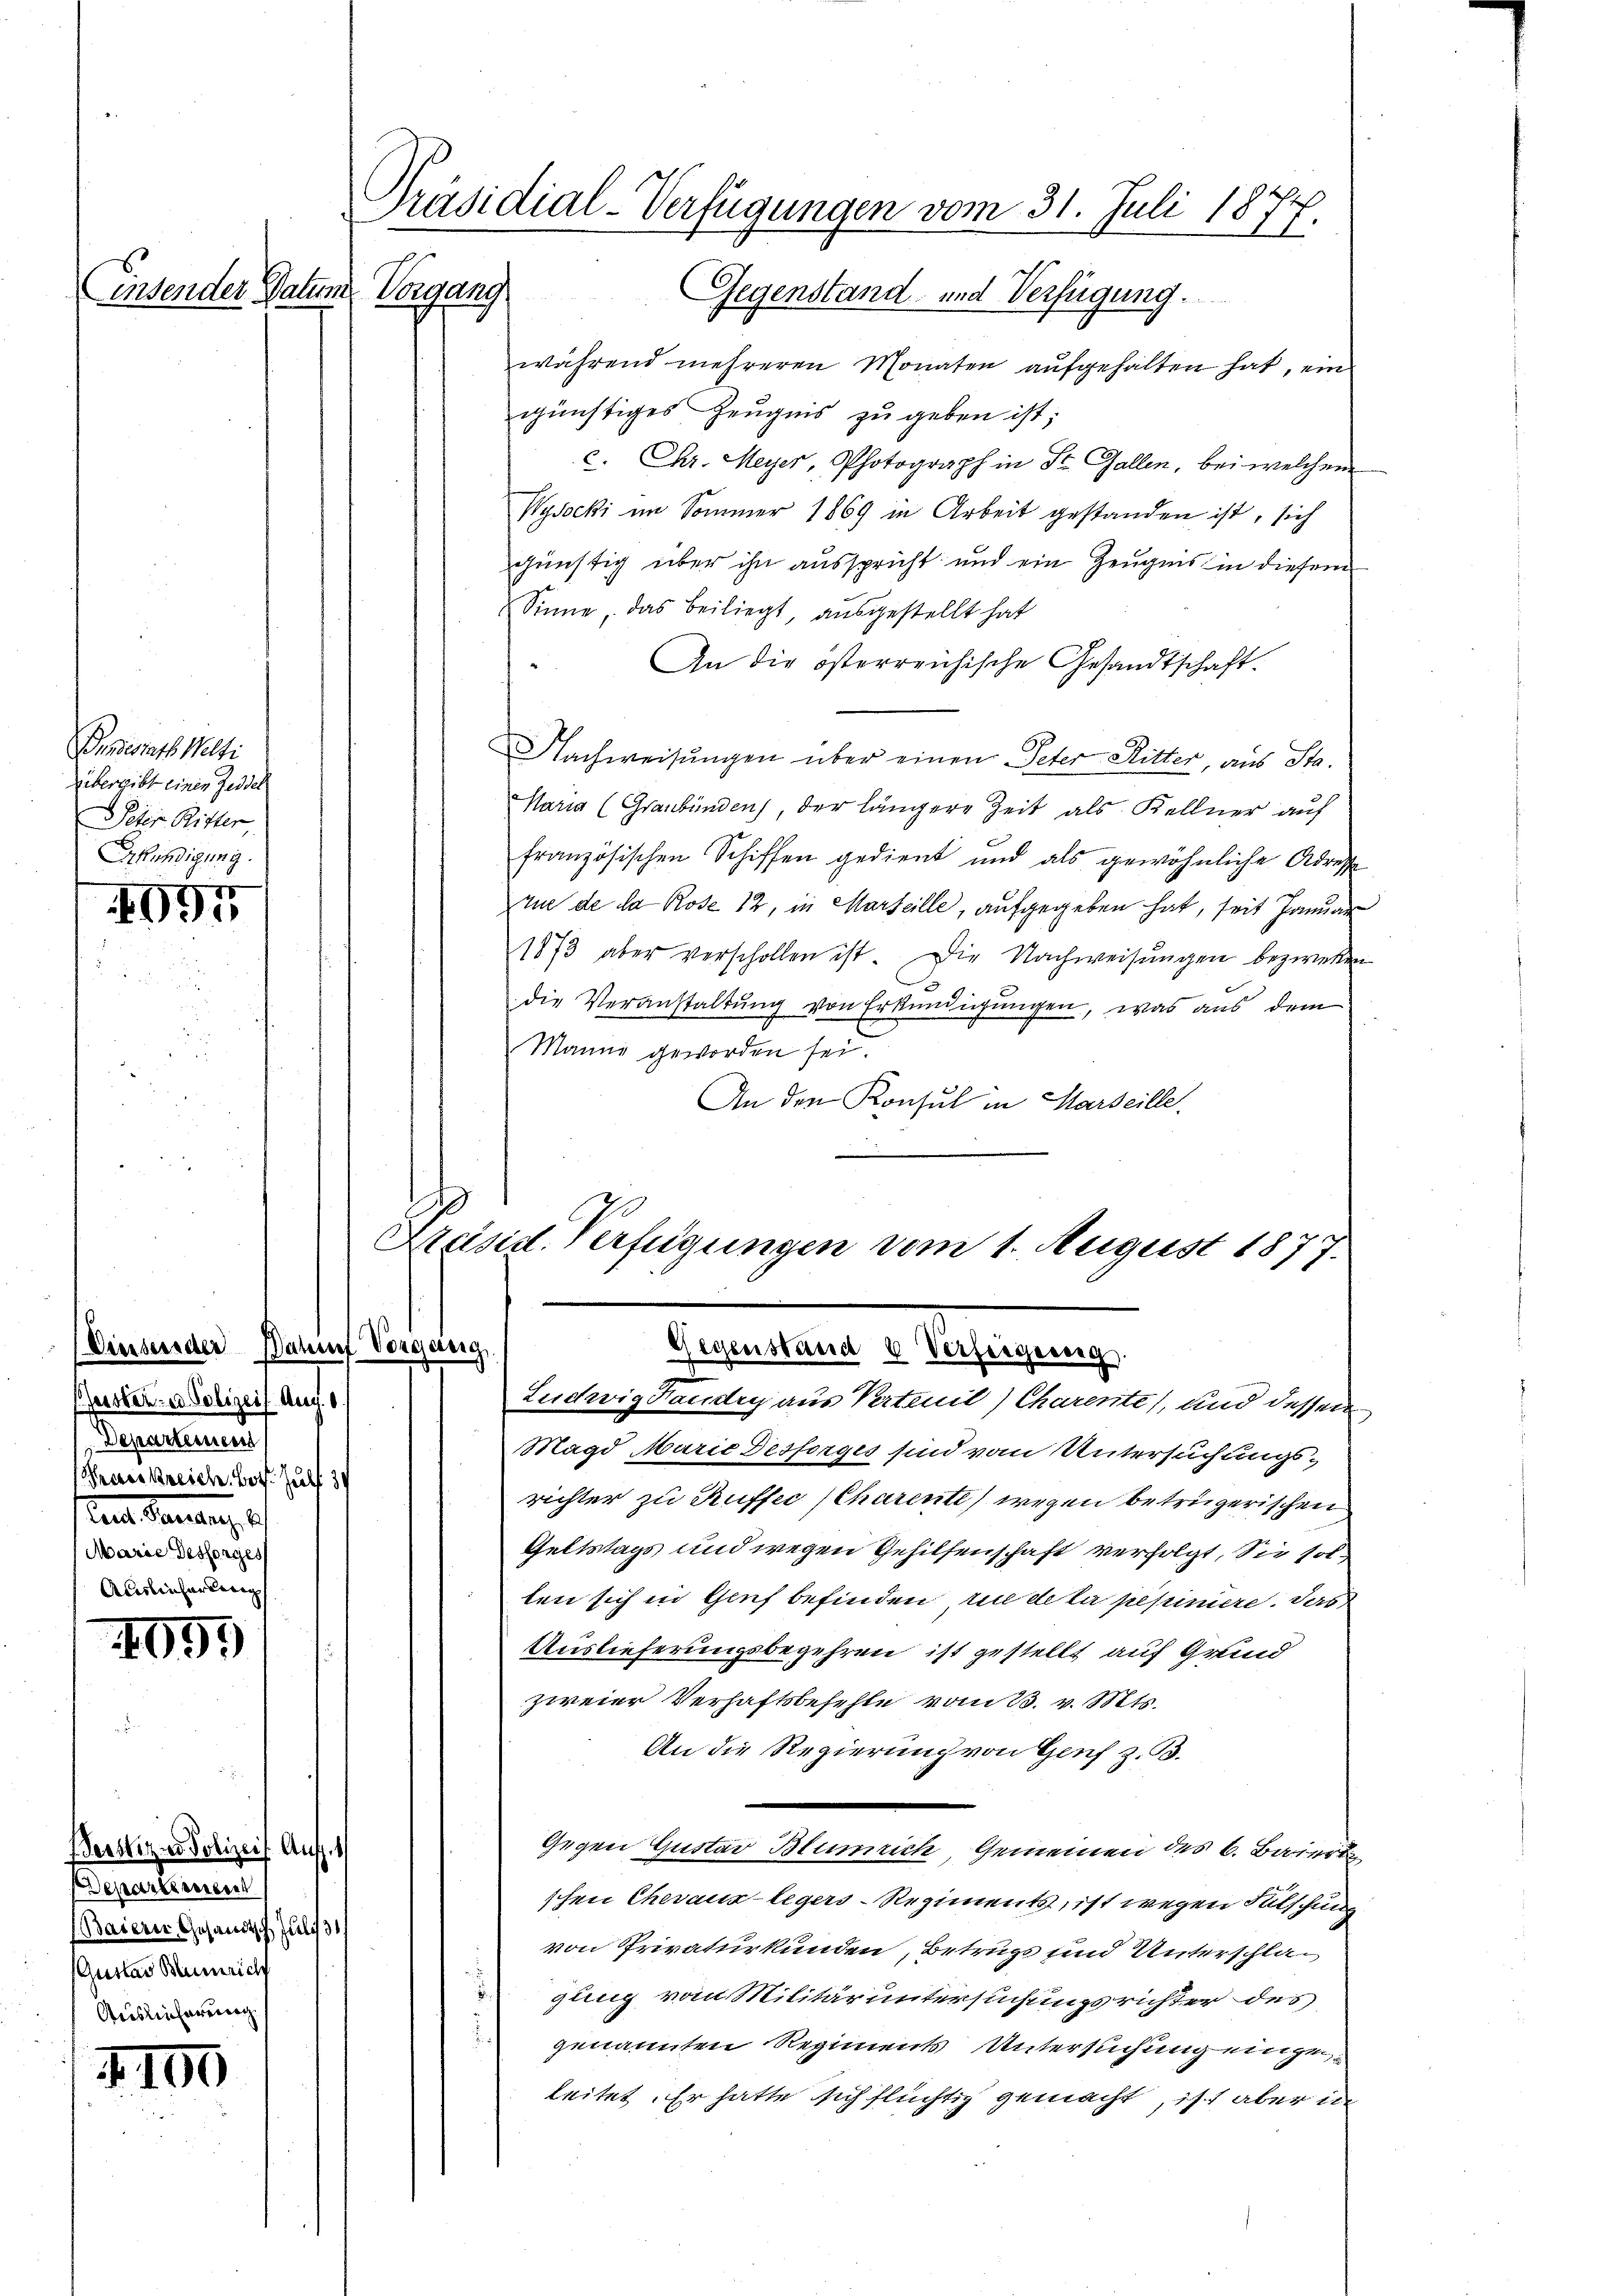
Pendesrath Welti
Übergibt einen Zeddel
Peter Ritter
Brkündigung.

499

(Einsender Daruf Vorgang
Geister- u Polizeit Aug. 1
Departeinem
Praeskreich, bot. Julf 34
ent. Garan, d
Marie Besorges
Ausliefersweig

405.

IGo

Präsidial-Verfügungen vom 31. Juli 1877
insender Datum Vorgang
Gegenstand- und Verfügung.

Herstiz in Polizei Auf¬
Departement
(Baiern Gesandtsch Juli 3
Gustav Blumrich
Auslieferung

während mehreren Monaten aŭfgehalten hat, ein
günstiges Zeugnis zu geben ist;
c. Chr. Meyer, Photograph in St. Gallen, bei welchem
Wysocki im Sommer 1869 in Arbeit gestanden ist, sich
günstig über ihn ausspricht und ein Zeugnis in diesem
Sinne, das beiliegt ausgestellt hat
An die österreichische Gesandtschaft.
Nachweisungen über einen Peter Ritter, aus Sta
Maria (Graubünden), der längere Zeit als Kellner auf
französischen Schiffen gedient und als gewöhnliche Adresse
vue de la Rose 12, in Marteille, aufgegeben hat, seit Januar
1873 aber verschollen ist. Die Nachweisungen bezweien
die Veranstaltung von Erkundigungen, was aus dem
Manne geworden sei.
An den Konsul in Marseille

Präsid. Verfügungen vom 1. August 1877.
Gegenstand 6 Verfergering.
Ludwig Faudry aus Verteil) Charente, und dessen

Magd Marie Desforges sind vom Untersuchungsrichter zu Ruffer Charente) wegen betrügerischen
Geltstags und wegen Gehilfenschaft verfolgt. Sie solten sich in Genf befinden in de la pepiniere. Das
Auslieferungsbegehren ist gestellt auf Grund
zweier Verhaftsbefehle vom 13. v. Mts.
An die Regierung von Genf z. B.
Gegen Gustav Blumrich, Gemeinen des C. Baier
schen Chevauslegers-Regiments, ist wegen Fälschung
von Privaturkunden, Betrugs und Unterschlagling vom Militär untersuchungsrichter des
genannten Regiments Untersuchung eingeleitet. Er hatte sich flüchtig gemacht, ist aber in